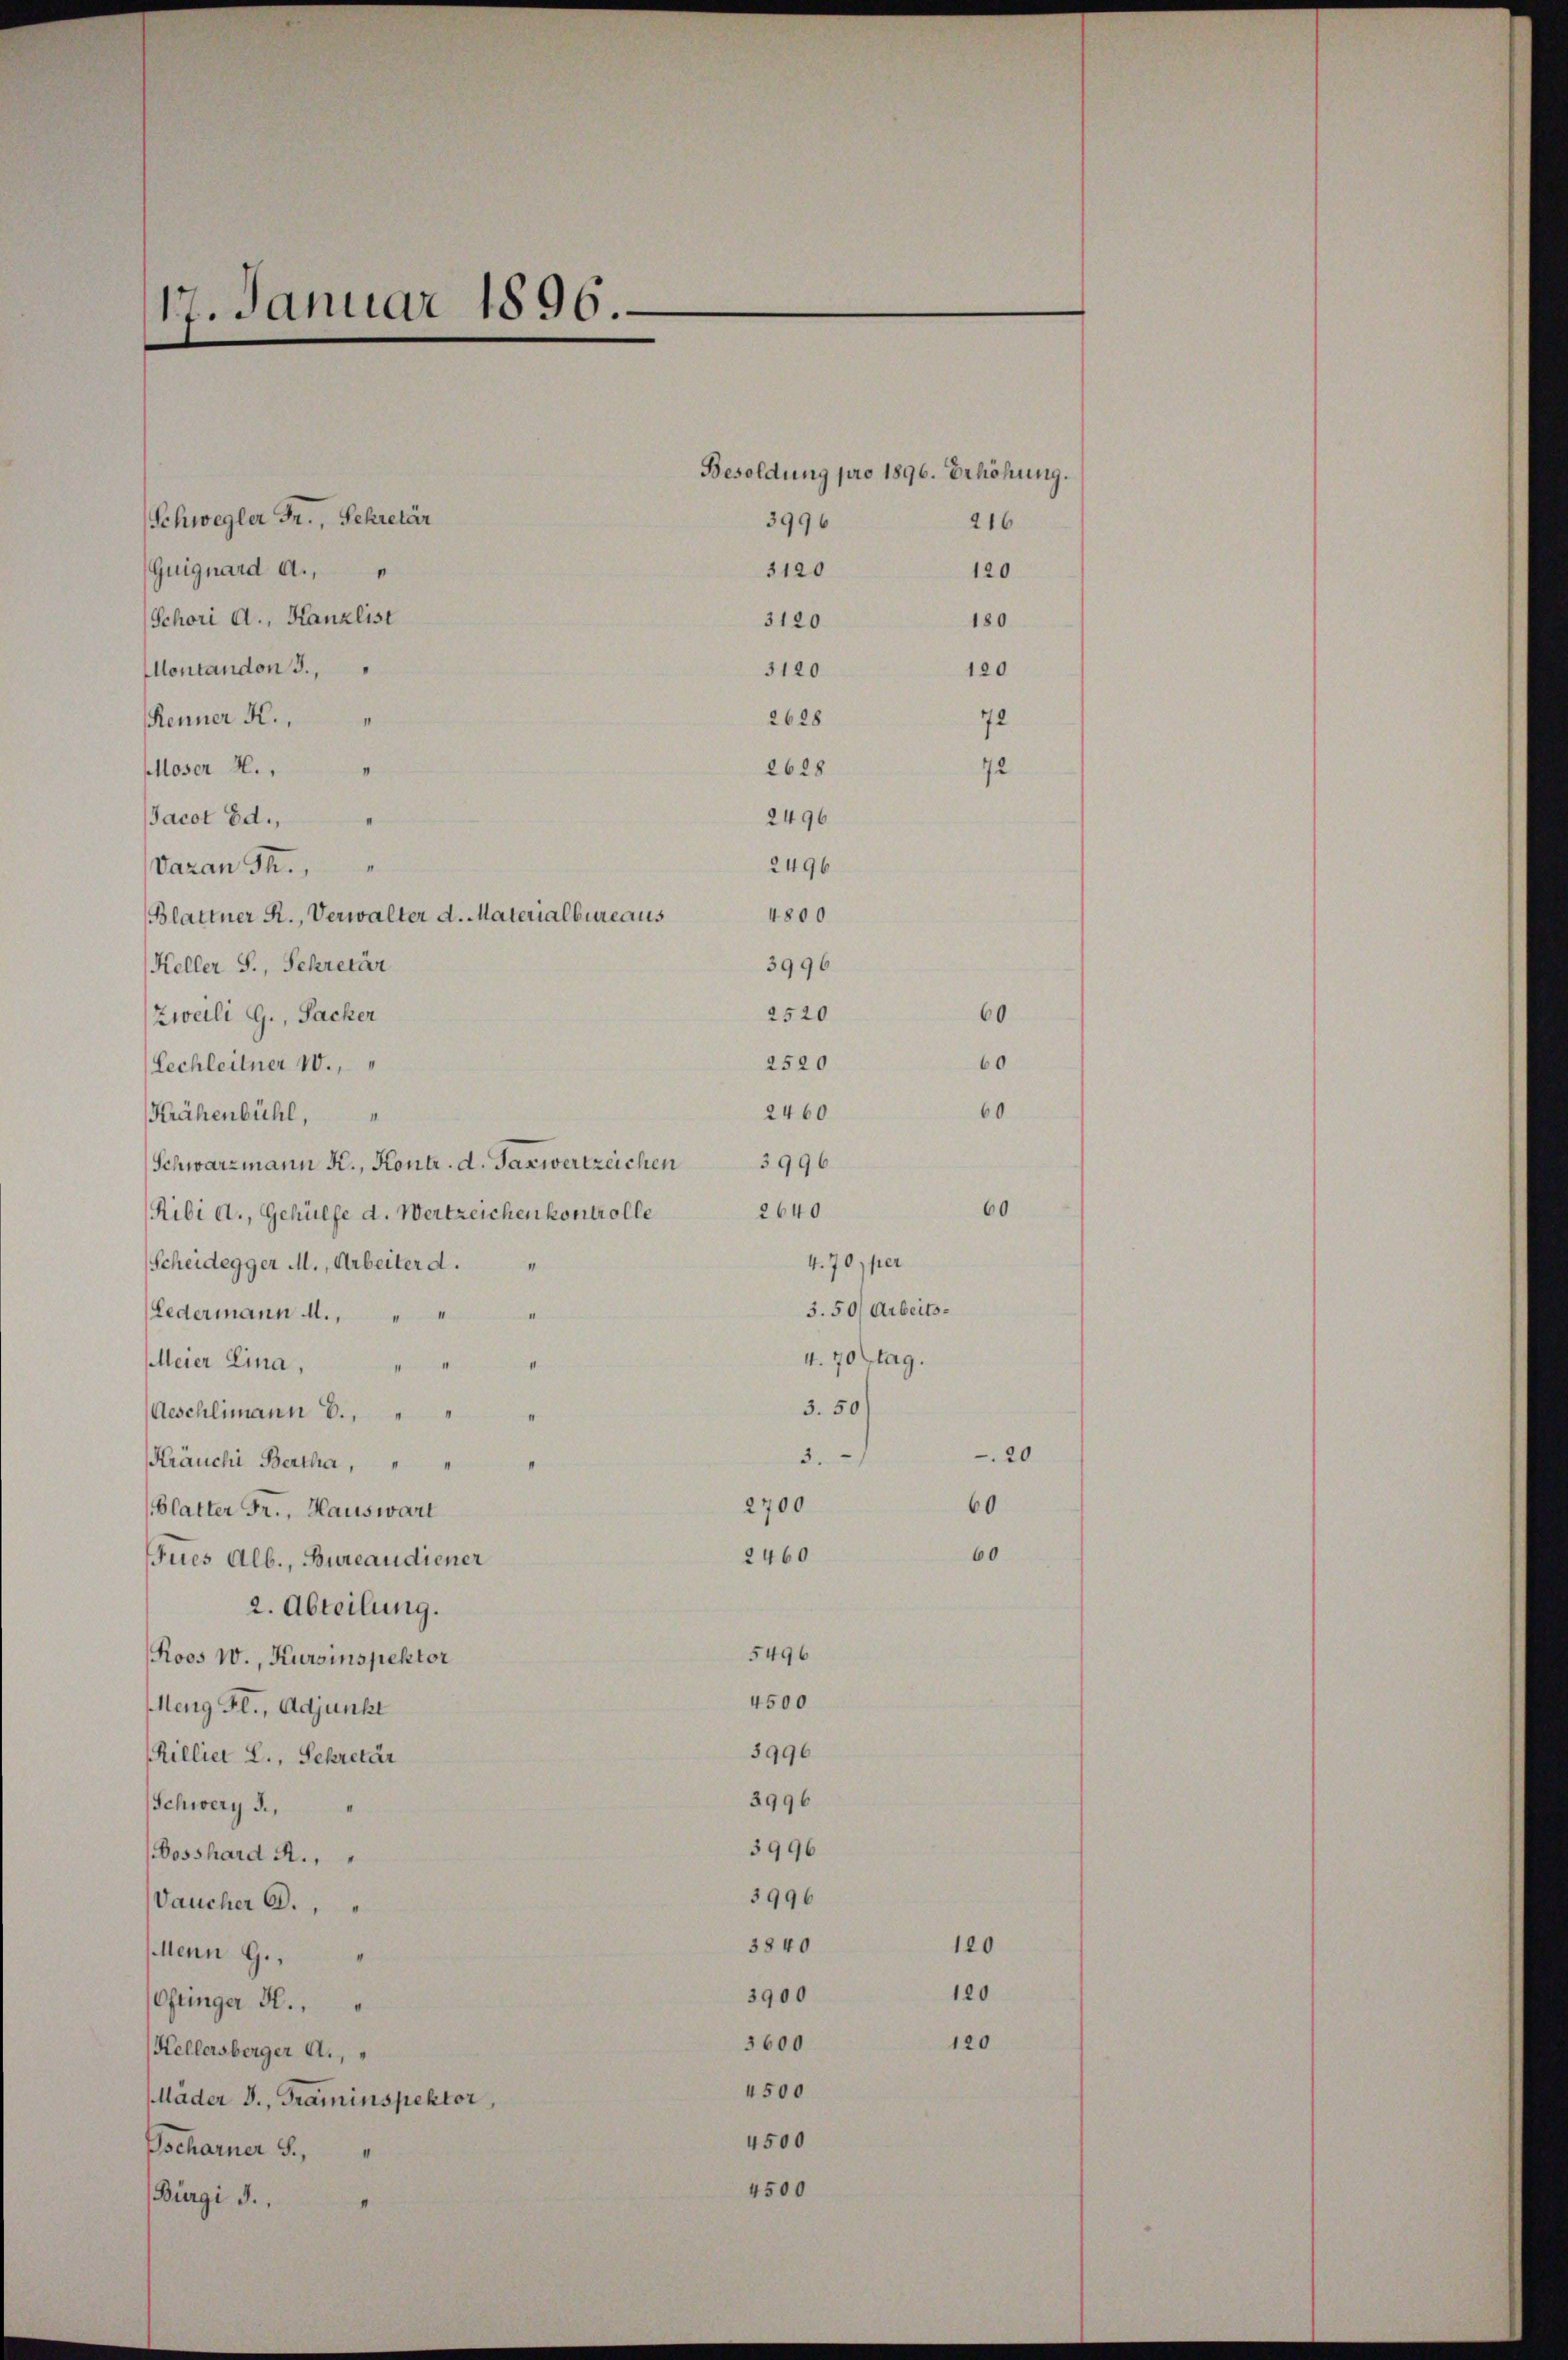
17. Januar 1896

Schwegler Fr., Sekretär

2628
2628
2496
2496
4800
3996
2520
Zweili G., Sacher
2520
Lechleitner 10.
2460
Krähenbühl,
3996
Schwarzmann K., Kontr. d. Taxwertzeichen
2640
Ribi d., Gehülfe d. Wertzeichen kontrolle
Scheidegger M., Arbeiter d.
Ledermann M.,
Meier Lina,
3. 50
Aeschlimann B.,
3.
Kräuchi Bertha,
2700
blatter Fr., Hauswart
2460
Fues Alb., Bureaudiener
2. Abteilung.
5496
Roos W., Kursinspektor
4500
eng Fr., Adjunkt
3996
Rillier L., Sekretär
3996
Schwerz d.,
3996
osshard A.,
3996
Daucher C.
3840
Menn G.
3900
Ostinger H.,
5600
Kellersberger A.,
4500
Mader J., Graminspektor,
4500
Escharner S.
4500
Bürgi d.

Guiguard a.,
"
Schori A., Kanzlist
Montandon J.,
Renner K.,
Moser H.,
Jacot Ed.,
Daran Fr.,
Blattner R., Verwalter d. Materialbureaus
Keller S., Schretär

Besoldung pro 1896. Erhöhung.
216
3996
3120
120
180
3120
120
3120

4.70 per
3.50/ Arbeits¬
4. 70stag.

60

20
60
60

120
120
120